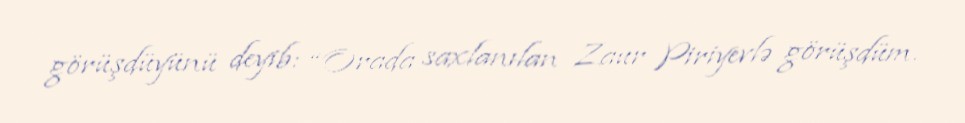
görüşdüyünü deyib: “Orada saxlanılan Zaur Piriyevlə görüşdüm.